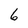
Character: 6